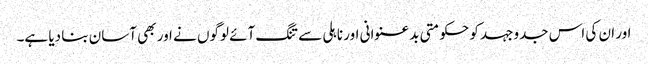
اور ان کی اس جدوجہد کو حکومتی بدعنوانی اور ناہلی سے تنگ آئے لوگوں نے اور بھی آسان بنا دیا ہے۔